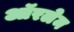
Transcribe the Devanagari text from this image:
ऑरलेम